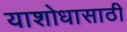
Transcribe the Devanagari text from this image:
याशोधासाठी